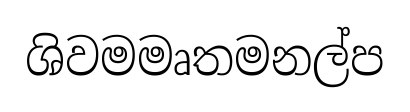
ශිවමමෘතමනල්ප